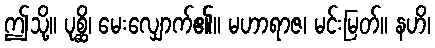
ဤသို့။ ပုစ္ဆိ၊ မေးလျှောက်၏။ မဟာရာဇ၊ မင်းမြတ်။ နဟိ၊